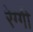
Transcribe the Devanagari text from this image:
रेग्गी